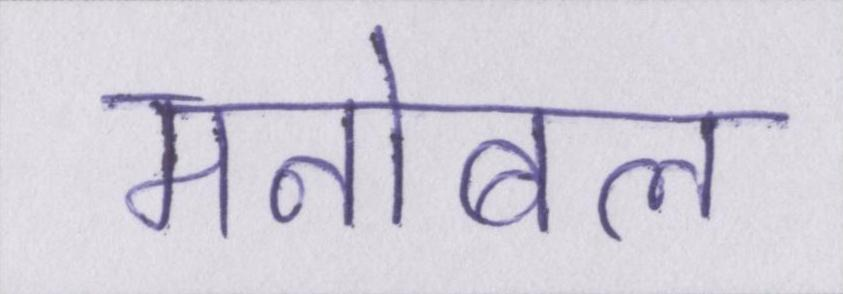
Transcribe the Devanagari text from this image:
मनोबल